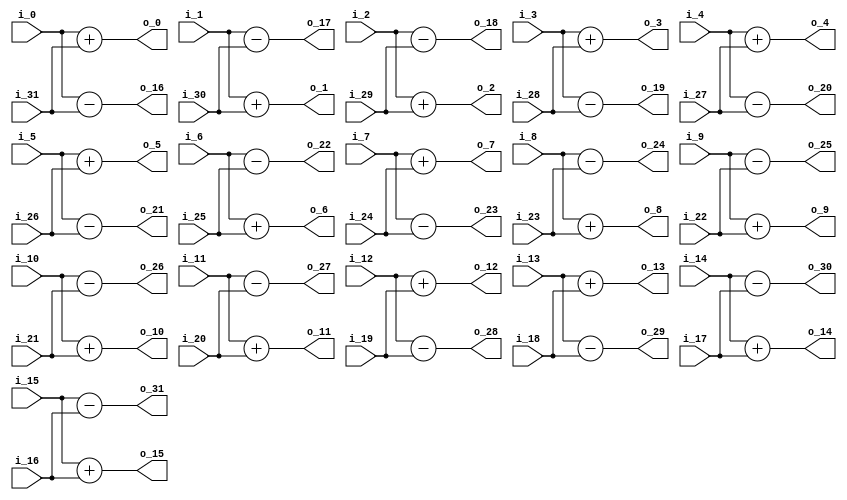
//describe  : 32DCT2
//input     : 32
//output    : 32
//delay     : 0 clk
module dct2_butterfly32#(
    parameter IN_WIDTH = 17
)
(
//input data
    input   signed  [IN_WIDTH - 1 : 0]  i_0     ,
    input   signed  [IN_WIDTH - 1 : 0]  i_1     ,
    input   signed  [IN_WIDTH - 1 : 0]  i_2     ,
    input   signed  [IN_WIDTH - 1 : 0]  i_3     ,
    input   signed  [IN_WIDTH - 1 : 0]  i_4     ,
    input   signed  [IN_WIDTH - 1 : 0]  i_5     ,
    input   signed  [IN_WIDTH - 1 : 0]  i_6     ,
    input   signed  [IN_WIDTH - 1 : 0]  i_7     ,
    input   signed  [IN_WIDTH - 1 : 0]  i_8     ,
    input   signed  [IN_WIDTH - 1 : 0]  i_9     ,
    input   signed  [IN_WIDTH - 1 : 0]  i_10    ,
    input   signed  [IN_WIDTH - 1 : 0]  i_11    ,
    input   signed  [IN_WIDTH - 1 : 0]  i_12    ,
    input   signed  [IN_WIDTH - 1 : 0]  i_13    ,
    input   signed  [IN_WIDTH - 1 : 0]  i_14    ,
    input   signed  [IN_WIDTH - 1 : 0]  i_15    ,
    input   signed  [IN_WIDTH - 1 : 0]  i_16    ,
    input   signed  [IN_WIDTH - 1 : 0]  i_17    ,
    input   signed  [IN_WIDTH - 1 : 0]  i_18    ,
    input   signed  [IN_WIDTH - 1 : 0]  i_19    ,
    input   signed  [IN_WIDTH - 1 : 0]  i_20    ,
    input   signed  [IN_WIDTH - 1 : 0]  i_21    ,
    input   signed  [IN_WIDTH - 1 : 0]  i_22    ,
    input   signed  [IN_WIDTH - 1 : 0]  i_23    ,
    input   signed  [IN_WIDTH - 1 : 0]  i_24    ,
    input   signed  [IN_WIDTH - 1 : 0]  i_25    ,
    input   signed  [IN_WIDTH - 1 : 0]  i_26    ,
    input   signed  [IN_WIDTH - 1 : 0]  i_27    ,
    input   signed  [IN_WIDTH - 1 : 0]  i_28    ,
    input   signed  [IN_WIDTH - 1 : 0]  i_29    ,
    input   signed  [IN_WIDTH - 1 : 0]  i_30    ,
    input   signed  [IN_WIDTH - 1 : 0]  i_31    ,
//output data
    output  signed  [IN_WIDTH     : 0]  o_0     ,//E
    output  signed  [IN_WIDTH     : 0]  o_1     ,
    output  signed  [IN_WIDTH     : 0]  o_2     ,
    output  signed  [IN_WIDTH     : 0]  o_3     ,
    output  signed  [IN_WIDTH     : 0]  o_4     ,
    output  signed  [IN_WIDTH     : 0]  o_5     ,
    output  signed  [IN_WIDTH     : 0]  o_6     ,
    output  signed  [IN_WIDTH     : 0]  o_7     ,
    output  signed  [IN_WIDTH     : 0]  o_8     ,
    output  signed  [IN_WIDTH     : 0]  o_9     ,
    output  signed  [IN_WIDTH     : 0]  o_10    ,
    output  signed  [IN_WIDTH     : 0]  o_11    ,
    output  signed  [IN_WIDTH     : 0]  o_12    ,
    output  signed  [IN_WIDTH     : 0]  o_13    ,
    output  signed  [IN_WIDTH     : 0]  o_14    ,
    output  signed  [IN_WIDTH     : 0]  o_15    ,
    output  signed  [IN_WIDTH     : 0]  o_16    ,//O
    output  signed  [IN_WIDTH     : 0]  o_17    ,
    output  signed  [IN_WIDTH     : 0]  o_18    ,
    output  signed  [IN_WIDTH     : 0]  o_19    ,
    output  signed  [IN_WIDTH     : 0]  o_20    ,
    output  signed  [IN_WIDTH     : 0]  o_21    ,
    output  signed  [IN_WIDTH     : 0]  o_22    ,
    output  signed  [IN_WIDTH     : 0]  o_23    ,
    output  signed  [IN_WIDTH     : 0]  o_24    ,
    output  signed  [IN_WIDTH     : 0]  o_25    ,
    output  signed  [IN_WIDTH     : 0]  o_26    ,
    output  signed  [IN_WIDTH     : 0]  o_27    ,
    output  signed  [IN_WIDTH     : 0]  o_28    ,
    output  signed  [IN_WIDTH     : 0]  o_29    ,
    output  signed  [IN_WIDTH     : 0]  o_30    ,
    output  signed  [IN_WIDTH     : 0]  o_31    
);

//
//E/O
    wire signed [IN_WIDTH : 0] E_0  = i_0  + i_31;
    wire signed [IN_WIDTH : 0] E_1  = i_1  + i_30;
    wire signed [IN_WIDTH : 0] E_2  = i_2  + i_29;
    wire signed [IN_WIDTH : 0] E_3  = i_3  + i_28;
    wire signed [IN_WIDTH : 0] E_4  = i_4  + i_27;
    wire signed [IN_WIDTH : 0] E_5  = i_5  + i_26;
    wire signed [IN_WIDTH : 0] E_6  = i_6  + i_25;
    wire signed [IN_WIDTH : 0] E_7  = i_7  + i_24;
    wire signed [IN_WIDTH : 0] E_8  = i_8  + i_23;
    wire signed [IN_WIDTH : 0] E_9  = i_9  + i_22;
    wire signed [IN_WIDTH : 0] E_10 = i_10 + i_21;
    wire signed [IN_WIDTH : 0] E_11 = i_11 + i_20;
    wire signed [IN_WIDTH : 0] E_12 = i_12 + i_19;
    wire signed [IN_WIDTH : 0] E_13 = i_13 + i_18;
    wire signed [IN_WIDTH : 0] E_14 = i_14 + i_17;
    wire signed [IN_WIDTH : 0] E_15 = i_15 + i_16;
    wire signed [IN_WIDTH : 0] O_0  = i_0  - i_31;
    wire signed [IN_WIDTH : 0] O_1  = i_1  - i_30;
    wire signed [IN_WIDTH : 0] O_2  = i_2  - i_29;
    wire signed [IN_WIDTH : 0] O_3  = i_3  - i_28;
    wire signed [IN_WIDTH : 0] O_4  = i_4  - i_27;
    wire signed [IN_WIDTH : 0] O_5  = i_5  - i_26;
    wire signed [IN_WIDTH : 0] O_6  = i_6  - i_25;
    wire signed [IN_WIDTH : 0] O_7  = i_7  - i_24;
    wire signed [IN_WIDTH : 0] O_8  = i_8  - i_23;
    wire signed [IN_WIDTH : 0] O_9  = i_9  - i_22;
    wire signed [IN_WIDTH : 0] O_10 = i_10 - i_21;
    wire signed [IN_WIDTH : 0] O_11 = i_11 - i_20;
    wire signed [IN_WIDTH : 0] O_12 = i_12 - i_19;
    wire signed [IN_WIDTH : 0] O_13 = i_13 - i_18;
    wire signed [IN_WIDTH : 0] O_14 = i_14 - i_17;
    wire signed [IN_WIDTH : 0] O_15 = i_15 - i_16;

//output
    assign o_0  = E_0 ;
    assign o_1  = E_1 ;
    assign o_2  = E_2 ;
    assign o_3  = E_3 ;
    assign o_4  = E_4 ;
    assign o_5  = E_5 ;
    assign o_6  = E_6 ;
    assign o_7  = E_7 ;
    assign o_8  = E_8 ;
    assign o_9  = E_9 ;
    assign o_10 = E_10;
    assign o_11 = E_11;
    assign o_12 = E_12;
    assign o_13 = E_13;
    assign o_14 = E_14;
    assign o_15 = E_15;
    assign o_16 = O_0 ;
    assign o_17 = O_1 ;
    assign o_18 = O_2 ;
    assign o_19 = O_3 ;
    assign o_20 = O_4 ;
    assign o_21 = O_5 ;
    assign o_22 = O_6 ;
    assign o_23 = O_7 ;
    assign o_24 = O_8 ;
    assign o_25 = O_9 ;
    assign o_26 = O_10;
    assign o_27 = O_11;
    assign o_28 = O_12;
    assign o_29 = O_13;
    assign o_30 = O_14;
    assign o_31 = O_15;

endmodule